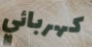
كهربائي